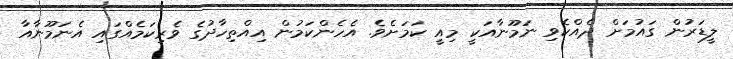
ލީޑަރުން ގައުމަށް ދެއްކެވި ނަމޫނާއަކީ މިއީ ކަމަށެވެ. އެހެންކަމުން އިއްތިހާދުގެ ވެރިކަމެއްގައި އެނަމޫނާއާ